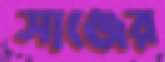
সাঞ্জের